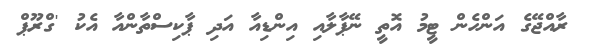
ރާއްޖޭގެ އަންހެން ޓީމު އޮތީ ނޭޕާލާއި އިންޑިއާ އަދި ޕާކިސްތާންއާ އެކު 'ގްރޫޕް